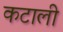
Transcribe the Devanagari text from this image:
कटाली